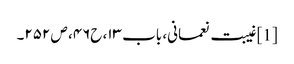
[1] غیبت نعمانی، باب ۱۳، ح۴۶، ص ۲۵۲۔